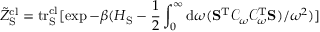
\tilde { Z } _ { \mathrm { S } } ^ { \mathrm { c l } } = \mathrm { t r } _ { \mathrm { S } } ^ { \mathrm { c l } } [ \exp { - \beta ( H _ { \mathrm { S } } - \frac { 1 } { 2 } \int _ { 0 } ^ { \infty } \mathrm { d } \omega ( \mathbf { S } ^ { \mathrm { T } } \mathcal { C } _ { \omega } \mathcal { C } _ { \omega } ^ { \mathrm { T } } \mathbf { S } ) / \omega ^ { 2 } ) } ]